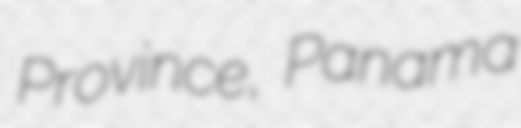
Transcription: Province, Panama